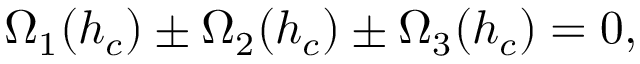
\Omega _ { 1 } ( h _ { c } ) \pm \Omega _ { 2 } ( h _ { c } ) \pm \Omega _ { 3 } ( h _ { c } ) = 0 ,